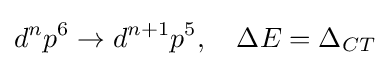
d^{n}p^{6}\rightarrow d^{n+1}p^{5},\quad \Delta E=\Delta _{CT}